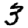
Digit: 3